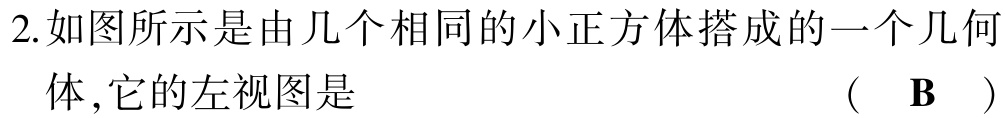
2.如图所示是由几个相同的小正方体搭成的一个几何
体,它的左视图是 （ B ）